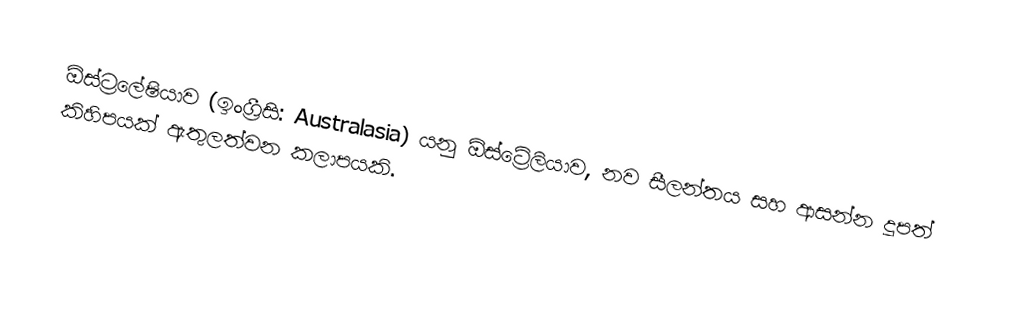
ඕස්ට්‍රලේෂියාව (ඉංග්‍රීසි: Australasia) යනු ඕස්ට්‍රේලියාව, නව සීලන්තය සහ ආසන්න දූපත් කිහිපයක් ඇතුලත්වන කලාපයකි.